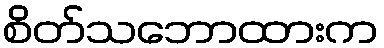
စိတ်သဘောထားက